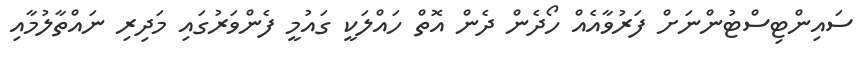
ސައިންޓިސްޓުންނަށް ފަރުވާއެއް ހޯދެން ދެން އޮތް ހައްލަކީ ގައުމީ ފެންވަރުގައި މަދިރި ނައްތާލުމާއި